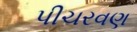
પીચરવણ